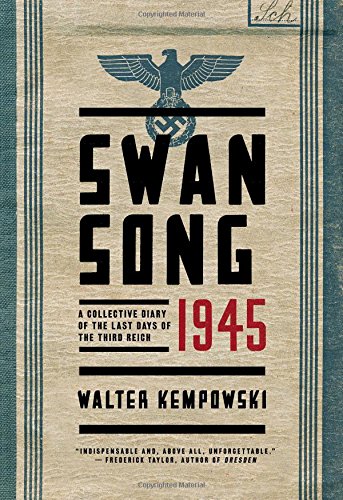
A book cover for Swansong 1945: A Collective Diary of the Last Days of the Third Reich; Walter Kempowski; History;